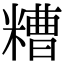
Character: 糟